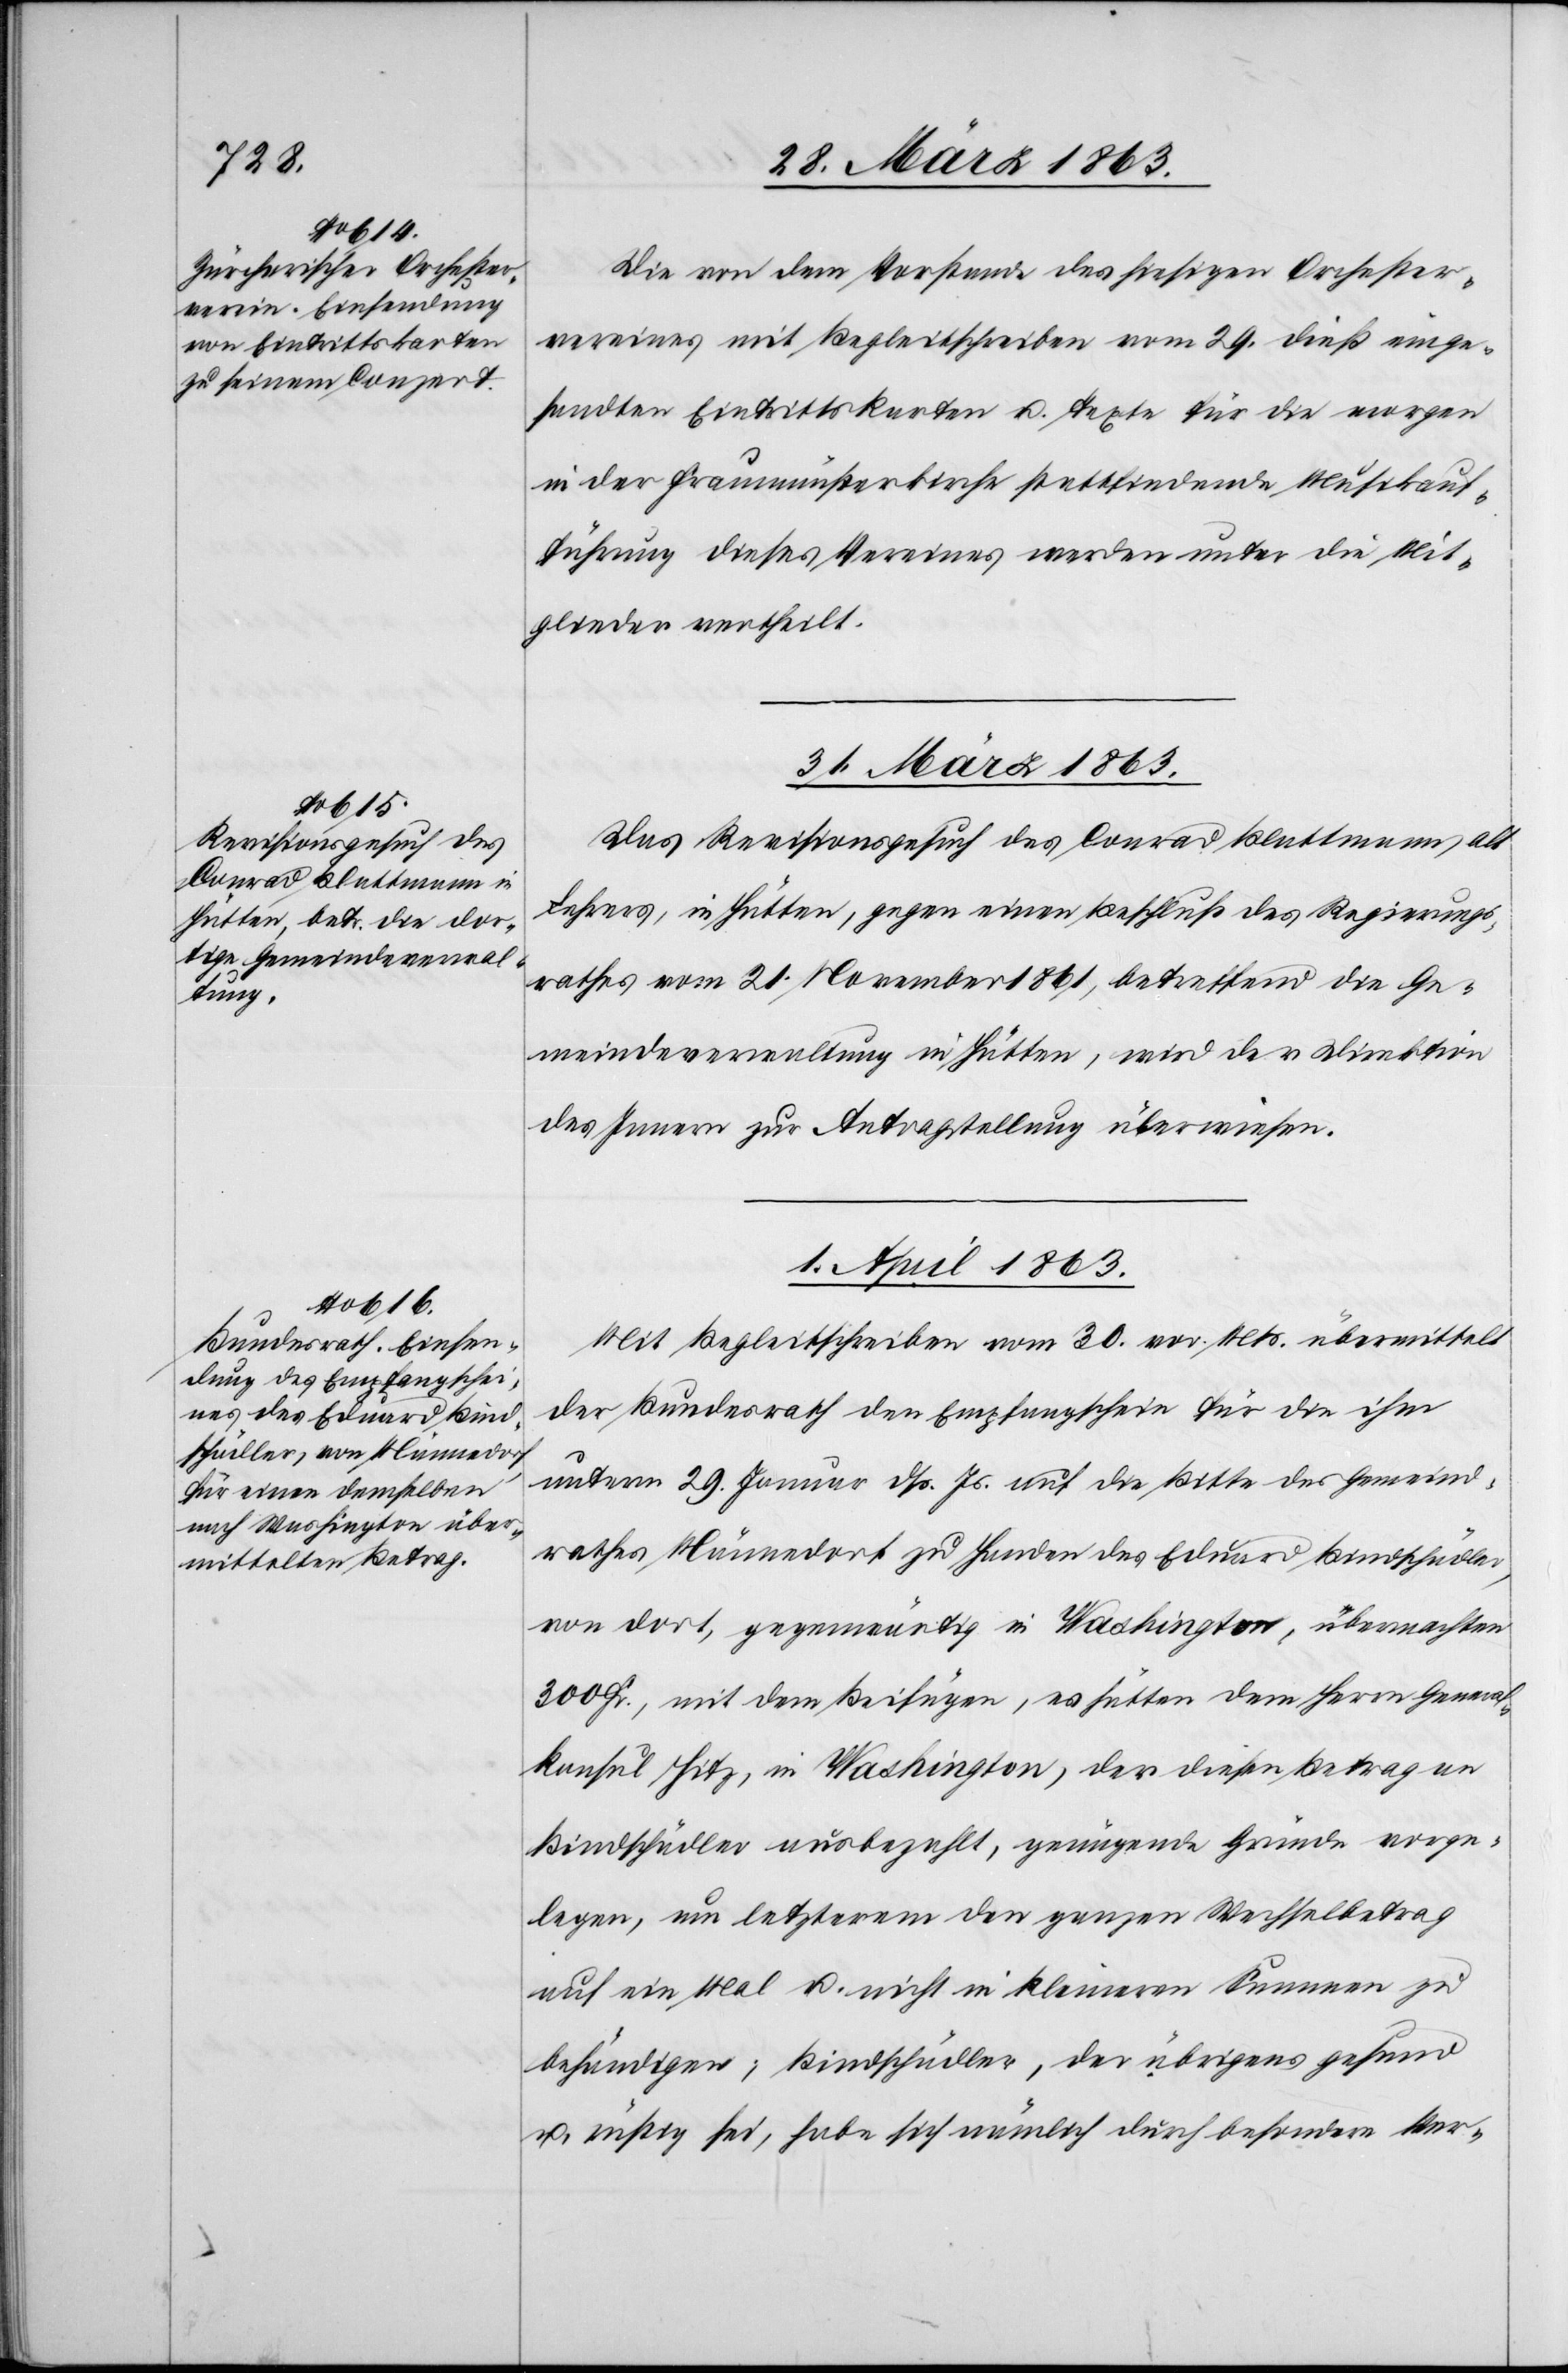
30. März 1863.]
Die von dem Vorstande des hiesigen Orchester¬
vereines mit Begleitschreiben vom 29. dieß einge¬
sandten Eintrittskarten u. Texte für die morgen
in der Fraumünsterkirche stattfindende Musikauf¬
führung dieses Vereines werden unter die Mit¬
glieder vertheilt.
31. März 1863.
Das Revisionsgesuch des Conrad Blattmann, alt
Lehrers, in Hütten, gegen einen Beschluß des Regierungs¬
rathes vom 21. November 1861, betreffend die Ge¬
meindeverwaltung in Hütten, wird der Direktion
des Innern zur Antragstellung überwiesen.
1. April 1863.
Mit Begleitschreiben vom 30. vor. Mts. übermittelt
der Bundesrath den Empfangschein für die ihm
unterm 29. Januar dß. Js. auf die Bitte des Gemeind¬
rathes Männedorf zu Handen des Eduard Bindschädler,
von dort, gegenwärtig in Washington, übermachten
300 Fr., mit dem Beifügen, es hätten dem Herrn General¬
konsul Hitz, in Washington, der diesen Betrag an
Bindschädler ausbezahlt, genügende Gründe vorge¬
legen, um letzterem den ganzen Wechselbetrag
auf ein Mal u. nicht in kleineren Summen zu
behändigen; Bindschädler, der übrigens gesund
u. rüstig sei, habe sich nämlich durch besondere Ver-